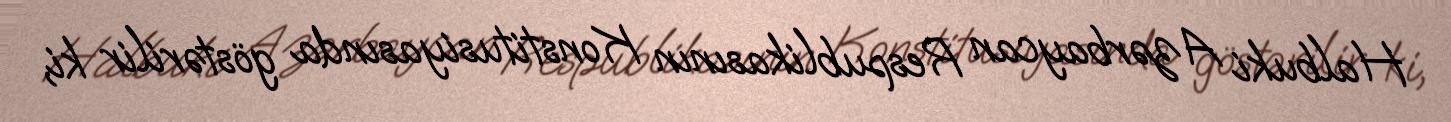
Halbuki Azərbaycan Respublikasının Konstitusiyasında göstərilir ki,